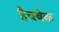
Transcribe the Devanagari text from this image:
हैचबेक